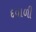
દયાળી